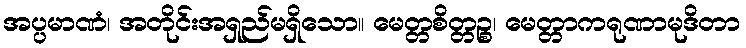
အပ္ပမာဏံ၊ အတိုင်းအရှည်မရှိသော။ မေတ္တစိတ္တဉ္စ၊ မေတ္တာကရုဏာမုဒိတာ